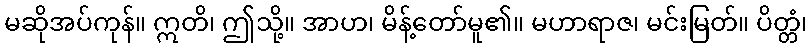
မဆိုအပ်ကုန်။ ဣတိ၊ ဤသို့။ အာဟ၊ မိန့်တော်မူ၏။ မဟာရာဇ၊ မင်းမြတ်။ ပိတ္တံ၊